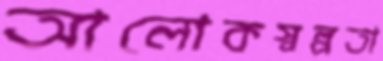
আলোকস্বল্পতা